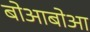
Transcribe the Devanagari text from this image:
बोआबोआ